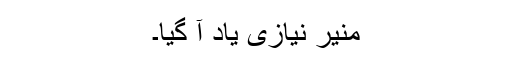
منیر نیازی یاد آ گیا۔